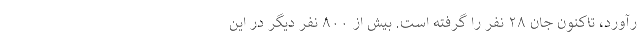
رآورد، تاکنون جان ۲۸ نفر را گرفته است. بیش از ۸۰۰ نفر دیگر در این